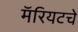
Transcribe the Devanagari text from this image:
मॅरियटचे